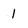
Character: 1